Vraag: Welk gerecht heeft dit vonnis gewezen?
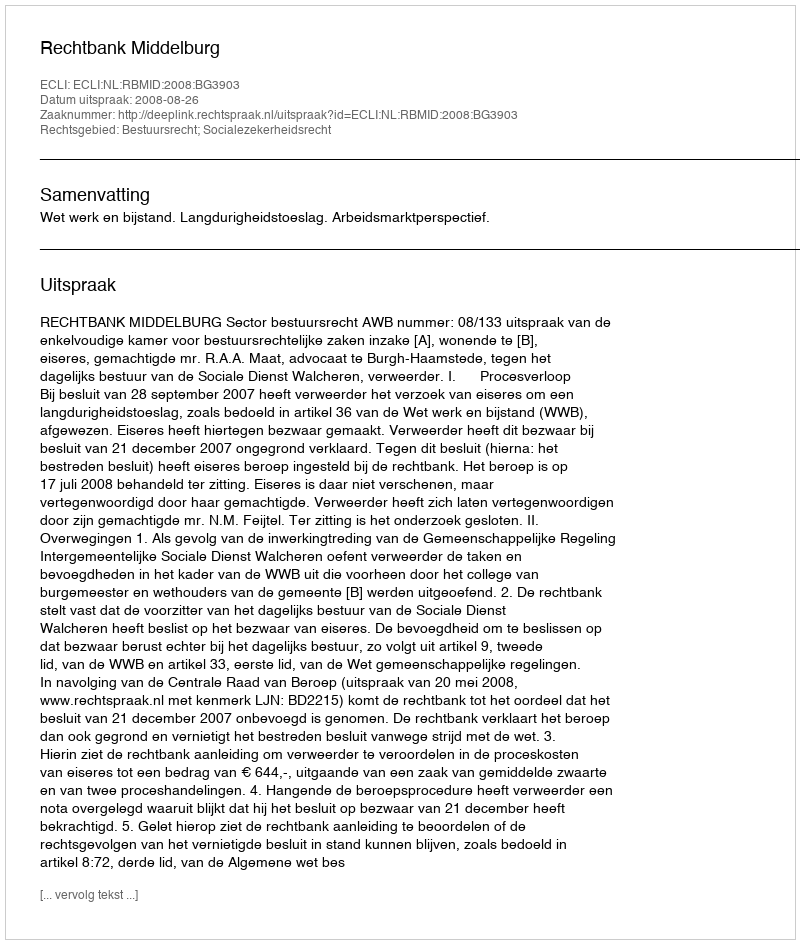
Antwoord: Rechtbank Middelburg